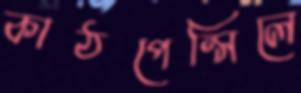
কাঠপেন্সিলে